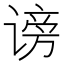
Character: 谤